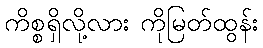
ကိစ္စရှိလို့လား ကိုမြတ်ထွန်း